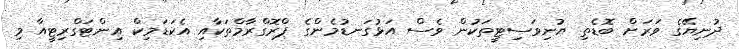
ދުނިޔޭގެ ވަރަށް ބޮޑެތި ޔުނިވަސިޓީތަކުން ވެސް އަޅުގަނޑުމެންގެ ޕްރޮގްރާމްތަކާއި އެކަޑަމިކް އިންޓަގްރިޓީއާ މި